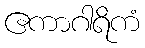
ဧကာဂါရိကံ